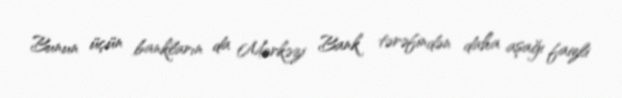
Bunun üçün bankların da Mərkəzi Bank tərəfindən daha aşağı faizli